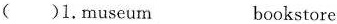
( )1. museum bookstore